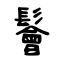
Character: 鬠